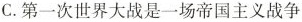
C.第一次世界大战是一场帝国主义战争